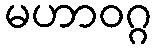
မဟာဝဂ္ဂ